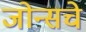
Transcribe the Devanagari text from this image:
जोन्सचे